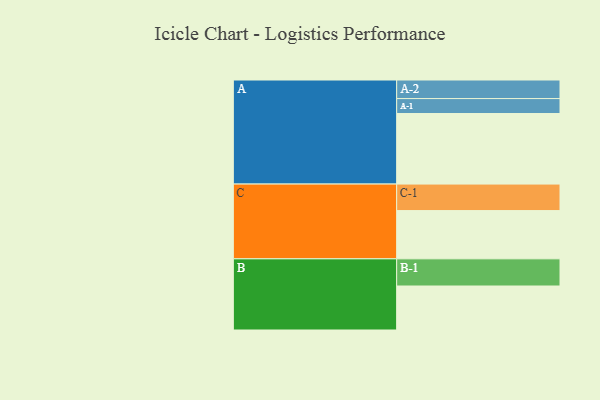
{"axis": {"x": "Segment", "y": "Value"}, "legend": ["", "A", "B", "C"], "data": [{"x": "A", "y": 566, "type": ""}, {"x": "B", "y": 353, "type": ""}, {"x": "C", "y": 387, "type": ""}, {"x": "A-1", "y": 120, "type": "A"}, {"x": "A-2", "y": 149, "type": "A"}, {"x": "B-1", "y": 218, "type": "B"}, {"x": "C-1", "y": 213, "type": "C"}]}